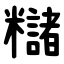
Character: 䊰